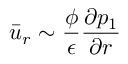
\bar { u } _ { r } \sim \frac { \phi } { \epsilon } \frac { \partial p _ { 1 } } { \partial r }